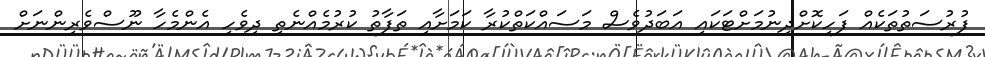
ފުރުސަތުތަކެއް ފަހިކޮށްދިނުމަށްޓަކައި އަބަދުވެސް މަސައްކަތްކުރާ ކަމަށާއި ތަފާތު ކުރުމެއްނެތި ދިވެހި އެންމެހާ ނޫސްވެރިންނަށް